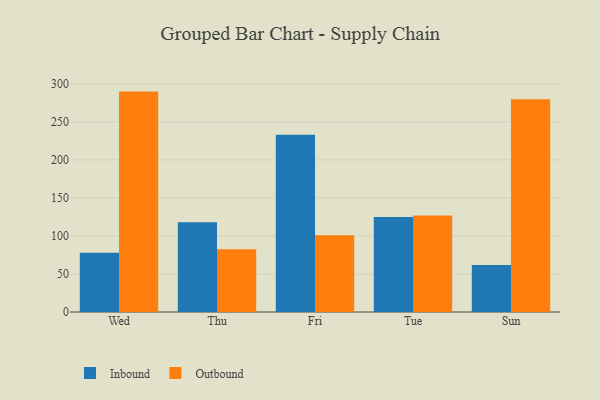
{"axis": {"x": "Day", "y": "Demand Index"}, "legend": ["Inbound", "Outbound"], "data": [{"x": "Wed", "y": 78.0, "type": "Inbound"}, {"x": "Wed", "y": 289.8, "type": "Outbound"}, {"x": "Thu", "y": 118.1, "type": "Inbound"}, {"x": "Thu", "y": 82.6, "type": "Outbound"}, {"x": "Fri", "y": 233.0, "type": "Inbound"}, {"x": "Fri", "y": 101.0, "type": "Outbound"}, {"x": "Tue", "y": 125.0, "type": "Inbound"}, {"x": "Tue", "y": 126.9, "type": "Outbound"}, {"x": "Sun", "y": 61.7, "type": "Inbound"}, {"x": "Sun", "y": 279.7, "type": "Outbound"}]}